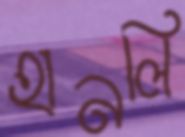
হানলি